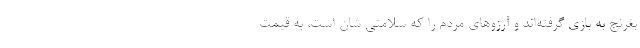
بغرنج به بازی گرفته‌اند و آرزو‌های مردم را که سلامتی شان است، به قیمت